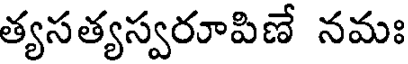
త్యసత్యస్వరూపిణే నమః